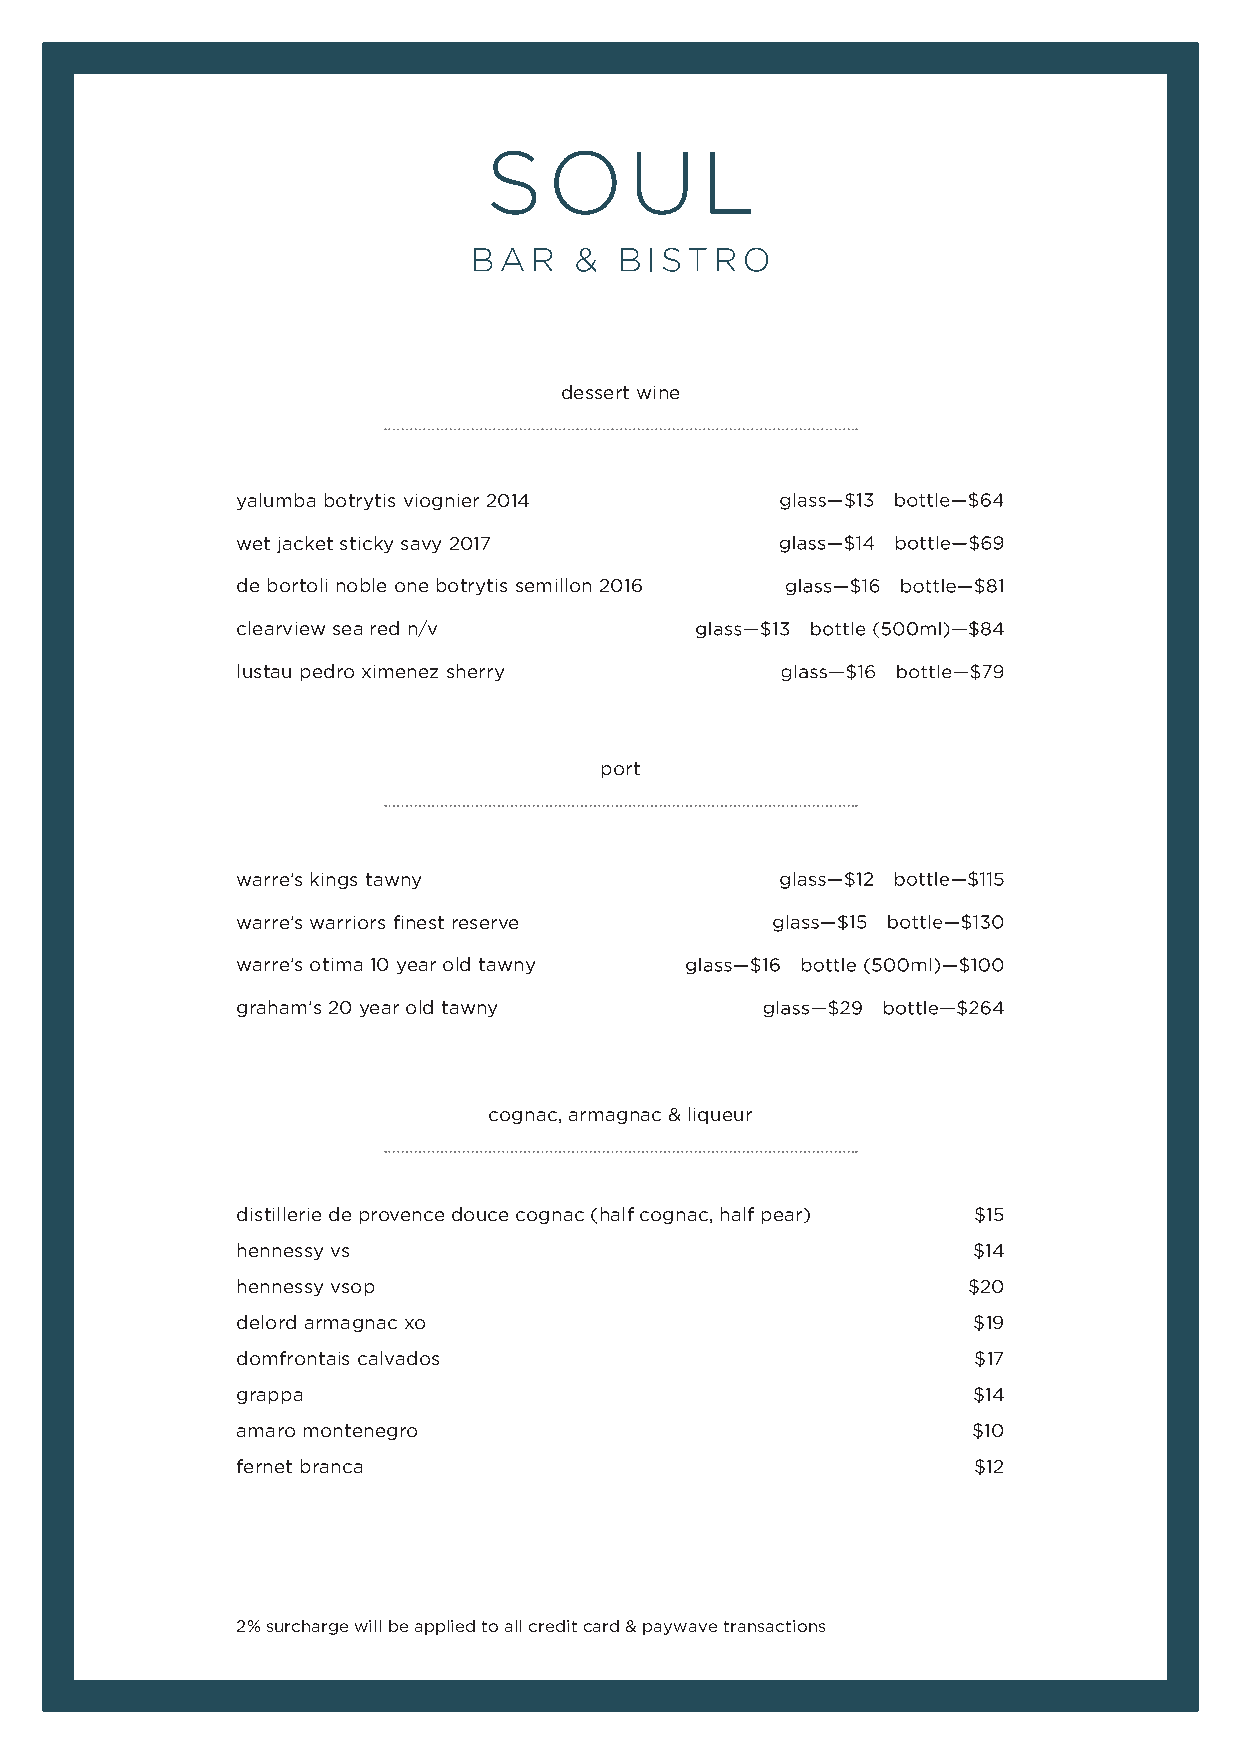
dessert wine
 yalumba botrytis viognier 2014
 wet jacket sticky savy 2017
 de bortoli noble one botrytis semillon 2016
 clearview sea red n/v
 lustau pedro ximenez sherry
 port
 warre’s kings tawny
 warre’s warriors finest reserve
 warre’s otima 10 year old tawny
 graham’s 20 year old tawny
 cognac, armagnac & liqueur
 distillerie de provence douce cognac (half cognac, half pear) $15
 hennessy vs                                     $14
 hennessy vsop                                   $20
 delord armagnac xo                              $19
 domfrontais calvados                            $17
 grappa                                          $14
 amaro montenegro                                $10
 fernet branca                                   $12
 2% surcharge will be applied to all credit card & paywave transactions